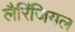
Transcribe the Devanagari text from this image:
लैरिंजियल